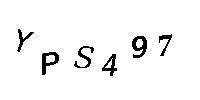
YPS497